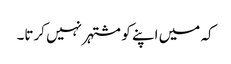
کہ میں اپنے کو مشتہر نہیں کرتا۔